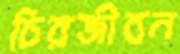
চিরজীবন